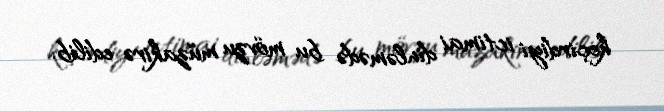
keçirdiyi ictimai dinləmədə bu mövzu müzakirə edilib.